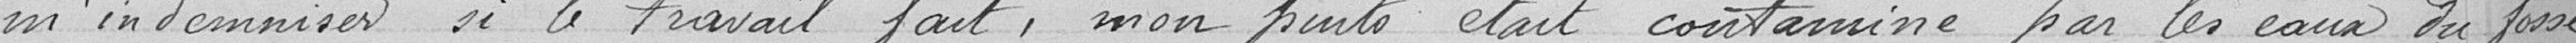
m'indemniser si le travail fait, mon puits était cpontaminé par les eaux du fossé